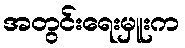
အတွင်းရေးမှူးက